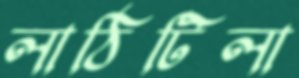
লাঠিটিলা